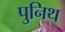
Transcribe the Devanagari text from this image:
पुनिथ